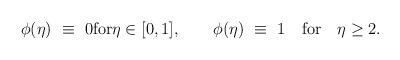
LaTeX: \begin{align*}\phi(\eta)~\equiv~0\mbox{for}\eta\in[0,1],\qquad\phi(\eta)~\equiv~1\quad\mbox{for}\quad\eta\geq2.\end{align*}